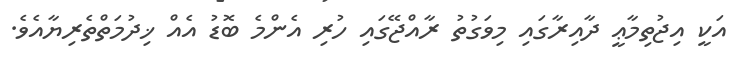
އަކީ އިޖުތިމާޢީ ދާއިރާގައި މިވަގުތު ރާއްޖޭގައި ހުރި އެންމެ ބޮޑު އެއް ޚިދުމަތްތެރިޔާއެވެ.